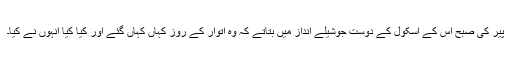
پیر کی صبح اس کے اسکول کے دوست جوشیلے انداز میں بتاتے کہ وہ اتوار کے روز کہاں کہاں گئے اور کیا کیا انہوں نے کیا۔